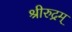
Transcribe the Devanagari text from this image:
श्रीरुद्रम्